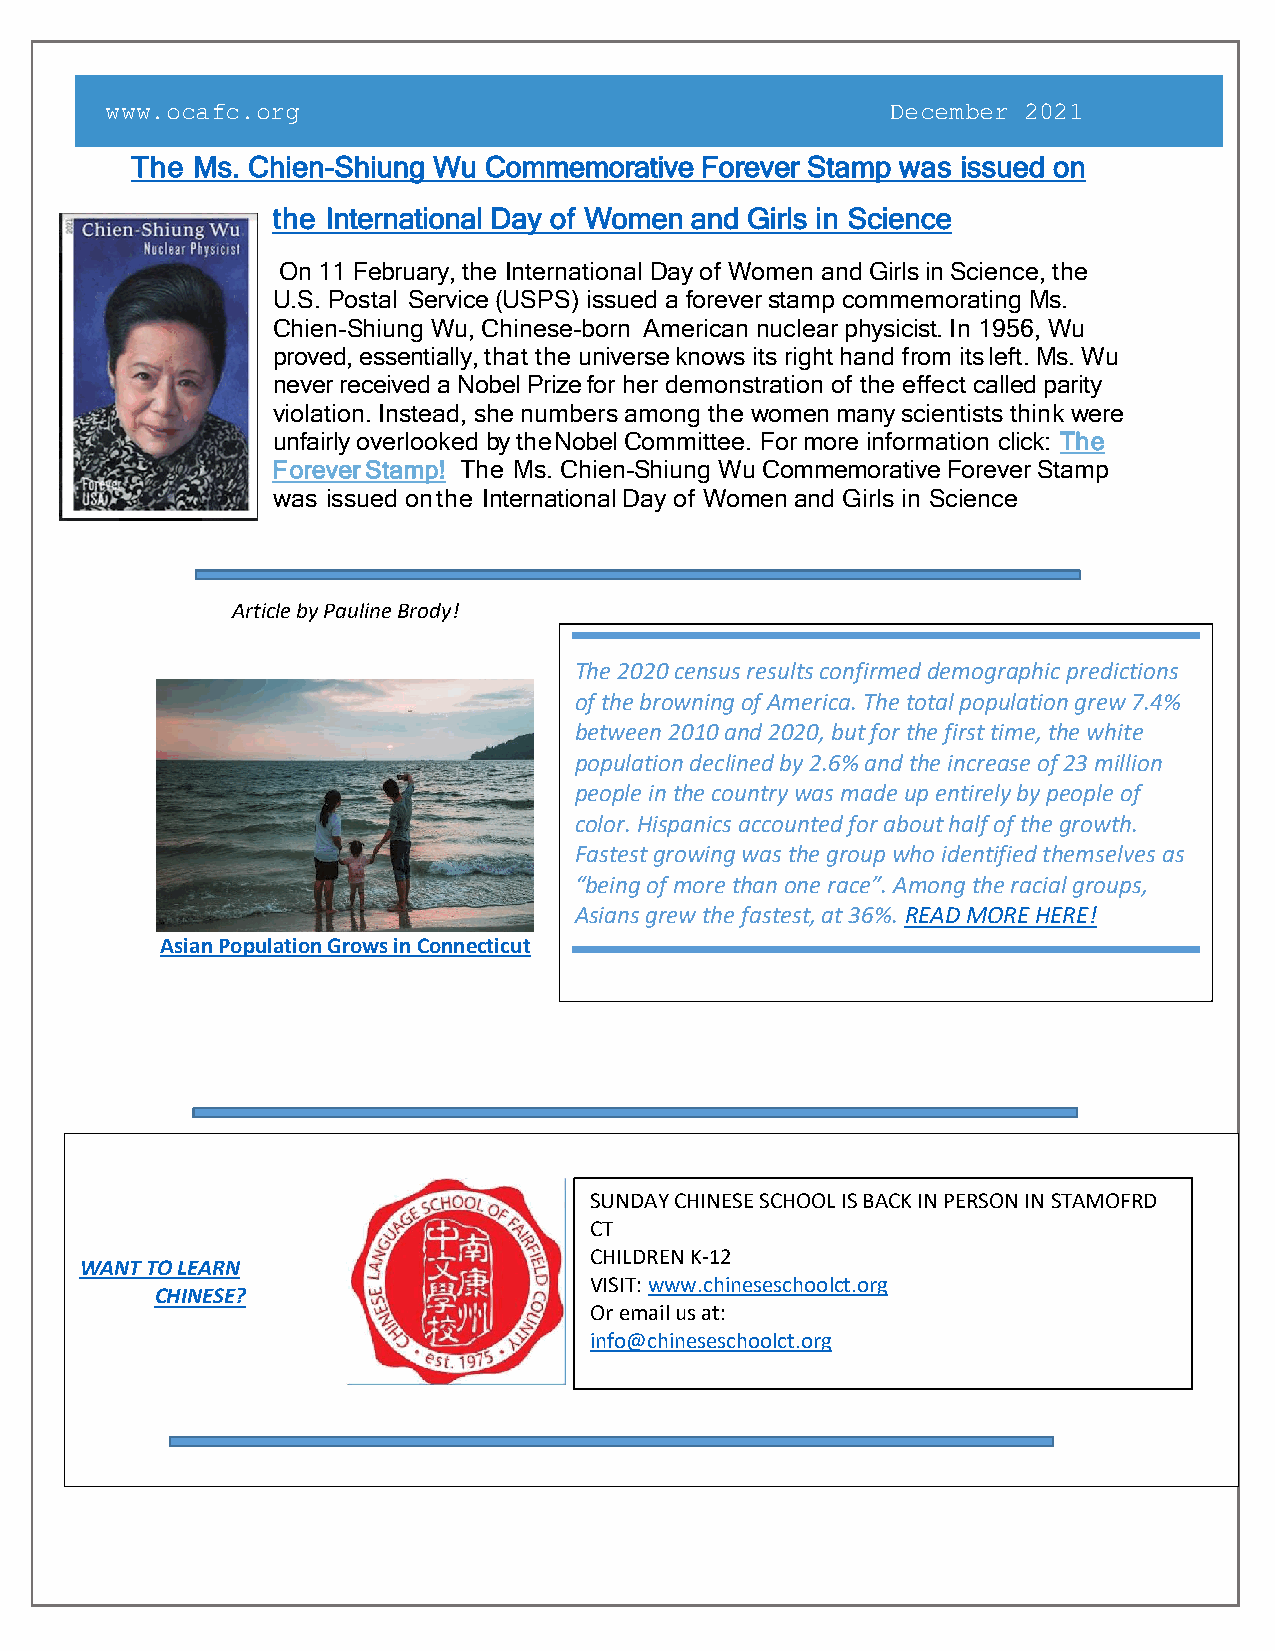
www.ocafc.org                                       December 2021
 The Ms. Chien-Shiung Wu Commemorative Forever Stamp was issued on
 the International Day of Women and Girls in Science
 On 11 February, the International Day of Women and Girls in Science, the
 U.S. Postal Service (USPS) issued a forever stamp commemorating Ms.
 Chien-Shiung Wu, Chinese-born American nuclear physicist. In 1956, Wu
 proved, essentially, that the universe knows its right hand from its left. Ms. Wu
 never received a Nobel Prize for her demonstration of the effect called parity
 violation. Instead, she numbers among the women many scientists think were
 unfairly overlooked by the Nobel Committee. For more information click: Th e
 F orever Stamp! The Ms. Chien-Shiung Wu Commemorative Forever Stamp
 was issued on the International Day of Women and Girls in Science
 Article by Pauline Brody!
 The 2020 census results confirmed demographic predictions
 of the browning of America. The total population grew 7.4%
 between 2010 and 2020, but for the first time, the white
 population declined by 2.6% and the increase of 23 million
 people in the country was made up entirely by people of
 color. Hispanics accounted for about half of the growth.
 Fastest growing was the group who identified themselves as
 “being of more than one race”. Among the racial groups,
 Asians grew the fastest, at 36%. READ MORE HERE!
 Asian Population Grows in Connecticut
 SUNDAY CHINESE SCHOOL IS BACK IN PERSON IN STAMOFRD
 CT
 CHILDREN K-12
 WANT TO LEARN
 VISIT: www.chineseschoolct.org
 CHINESE?
 Or email us at:
 info@chineseschoolct.org